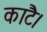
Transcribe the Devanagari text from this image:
काटै।